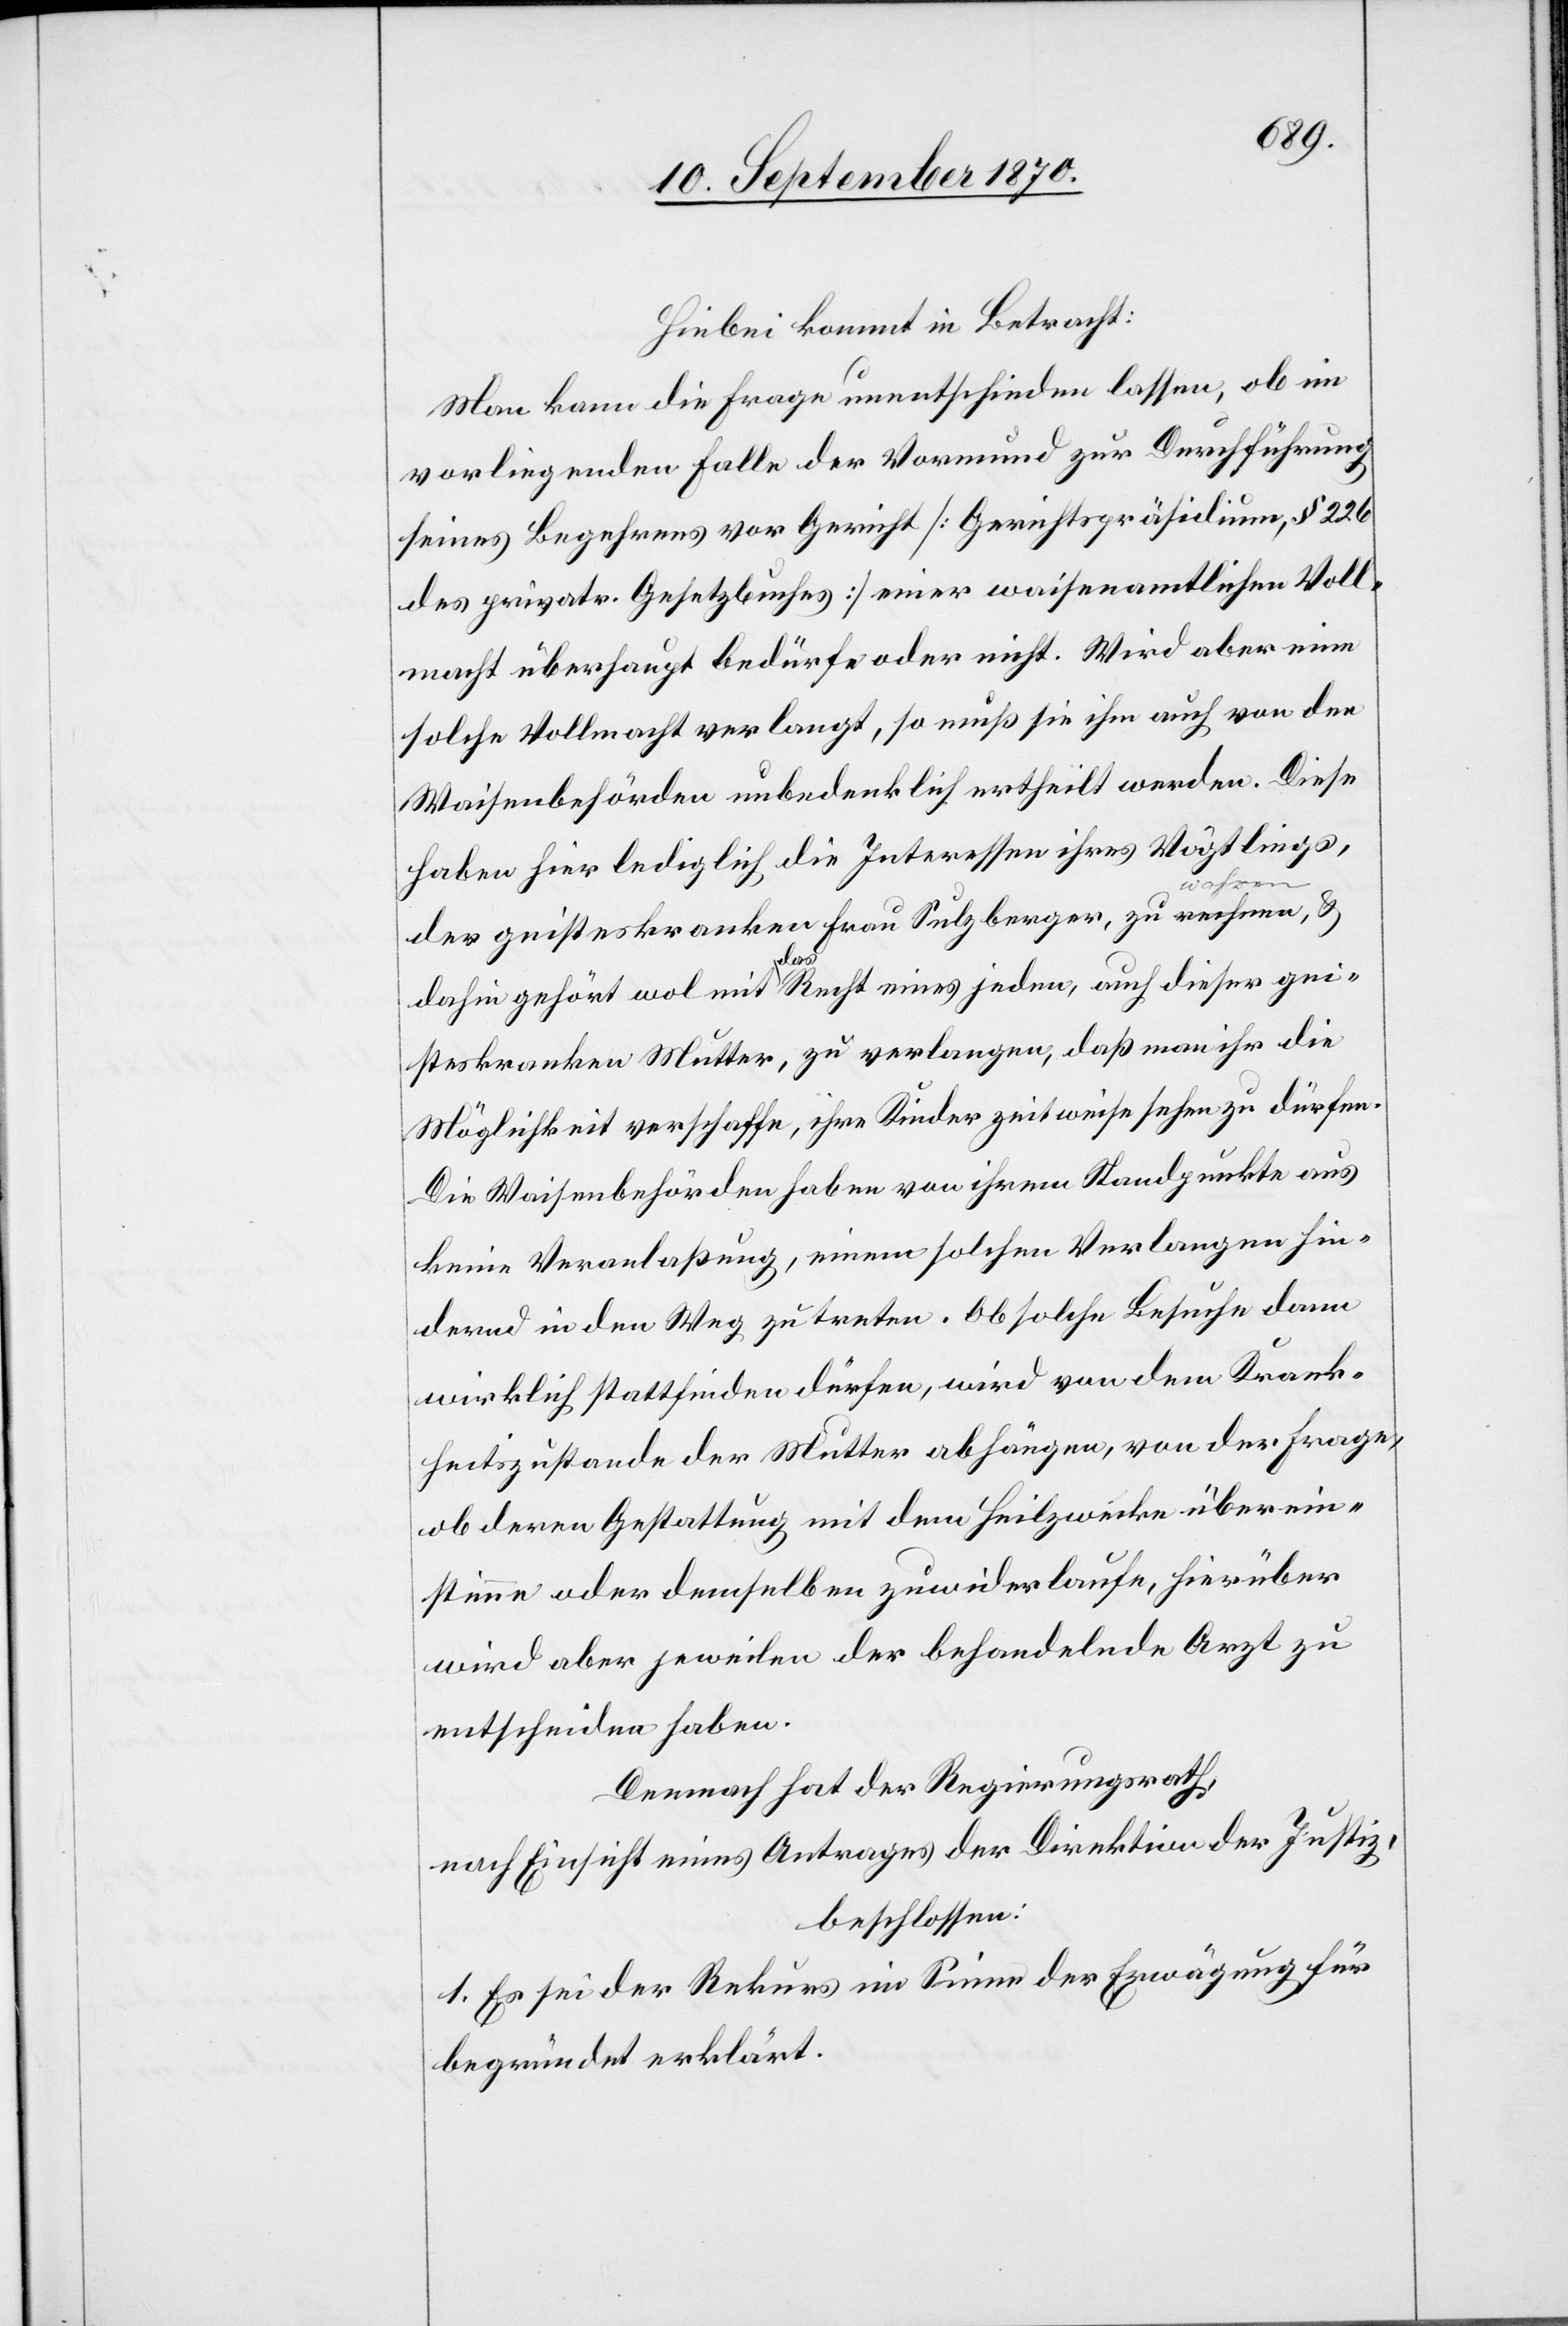
Hiebei kommt in Betracht:
Man kann die Frage unentschieden lassen, ob im
vorliegenden Falle der Vormund zur Durchführung
seines Begehrens vor Gericht [Gerichtspräsidium, § 226
des privatr. Gesetzbuches] einer waisenamtlichen Voll¬
macht überhaupt bedürfe oder nicht. Wird aber eine
solche Vollmacht verlangt, so muß sie ihm auch von den
Waisenbehörden unbedenklich ertheilt werden. Diese
haben hier lediglich die Interessen ihres Vögtlings,
der geisteskranken Frau Sulzberger, zu a-rechnen
dahin gehört wol mit das Recht eines jeden, auch dieser gei¬
steskranken Mutter, zu verlangen, daß man ihr die
Möglichkeit verschaffe, ihre Kinder zeitweise sehen zu dürfen.
Die Waisenbehörden haben von ihrem Standpunkte aus
keine Veranlaßung, einem solchen Verlangen hin¬
dernd in den Weg zu treten. Ob solche Besuche dann
wirklich stattfinden dürfen, wird von dem Krank¬
heitszustande der Mutter abhängen, von der Frage,
ob deren Gestattung mit dem Heilzwecke überein¬
stimme oder demselben zuwiderlaufe, hierüber
wird aber jeweilen der behandelnde Arzt zu
entscheiden haben.
Demnach hat der Regierungsrath,
nach Einsicht eines Antrages der Direktion der Justiz,
beschlossen:
1. Es sei der Rekurs im Sinne der Erwägung für
begründet erklärt.